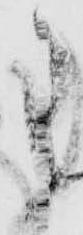
申